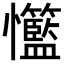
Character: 𢥸